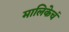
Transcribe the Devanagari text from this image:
मालिकेचं